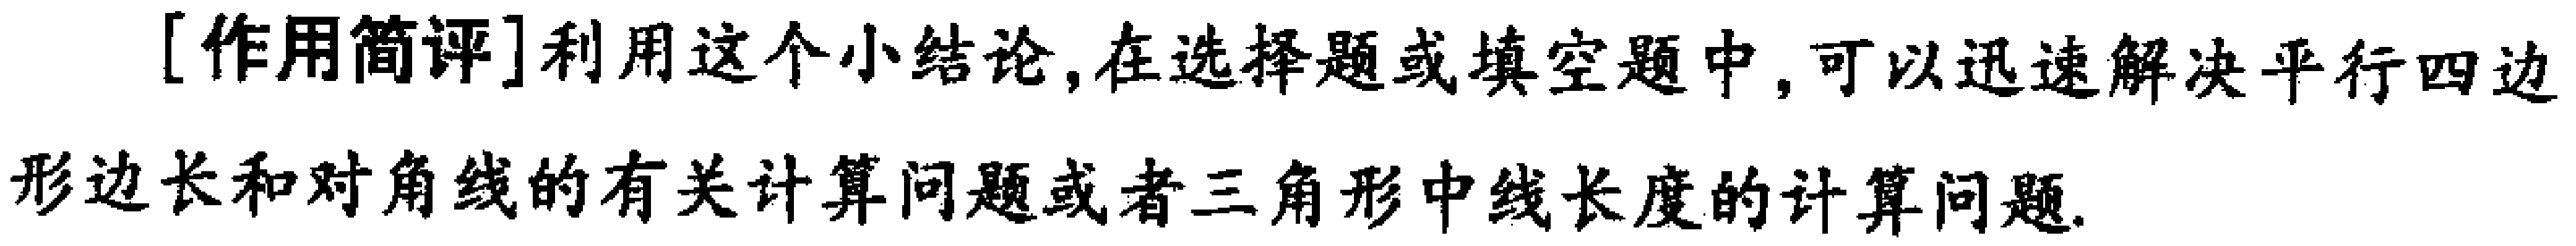
[作用简评]利用这个小结论,在选择题或填空题中,可以迅速解决平行四边形边长和对角线的有关计算问题或者三角形中线长度的计算问题.